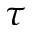
\tau